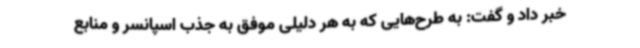
خبر داد و گفت: به طرح‌هایی که به هر دلیلی موفق به جذب اسپانسر و منابع